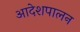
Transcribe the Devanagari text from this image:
आदेशपालन